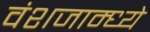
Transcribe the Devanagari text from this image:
वंशजाम्ध्ये